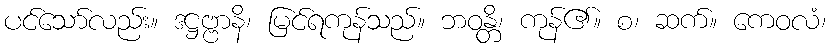
ပင်သော်လည်း။ ဒဋ္ဌဗ္ဗာနိ၊ မြင်ရကုန်သည်။ ဘဝန္တိ၊ ကုန်၏။ စ၊ ဆက်။ ကေဝလံ၊